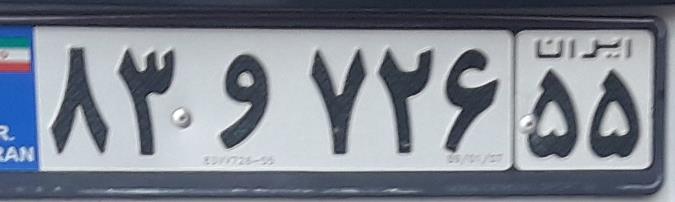
۸۳و۷۲۶۵۵